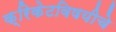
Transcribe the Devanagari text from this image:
क्रिकेटविषयीचे